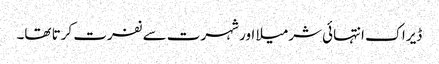
ڈیراک انتہائی شرمیلا اور شہرت سے نفرت کرتا تھا۔